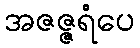
အဇဇ္ဇရံပေ